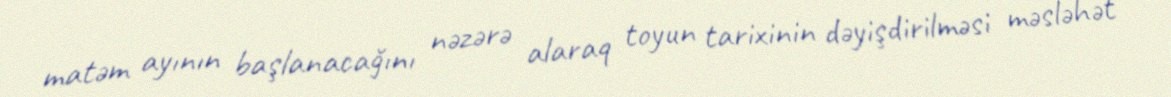
matəm ayının başlanacağını nəzərə alaraq toyun tarixinin dəyişdirilməsi məsləhət